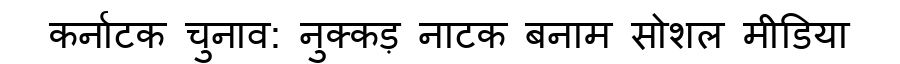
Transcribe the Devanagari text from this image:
कर्नाटक चुनाव: नुक्कड़ नाटक बनाम सोशल मीडिया